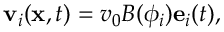
\mathbf { v } _ { i } ( \mathbf { x } , t ) = v _ { 0 } B ( \phi _ { i } ) \mathbf { e } _ { i } ( t ) ,